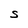
Character: S